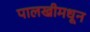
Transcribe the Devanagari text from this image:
पालखीमधून